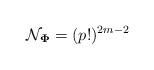
LaTeX: \begin{align*}\mathcal{N}_{\mathbf{\Phi}}=(p!)^{2m-2}\end{align*}